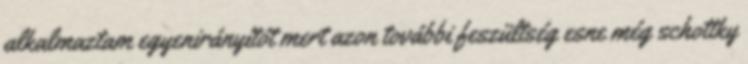
alkalmaztam egyenirányítót mert azon további feszültség esne még schottky